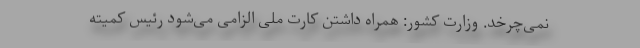
نمی‌چرخد. وزارت کشور: همراه داشتن کارت ملی الزامی می‌شود رئیس کمیته